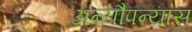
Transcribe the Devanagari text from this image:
अन्यौपन्यास